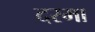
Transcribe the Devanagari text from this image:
दरमा